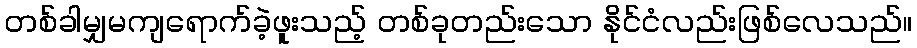
တစ်ခါမျှမကျရောက်ခဲ့ဖူးသည့် တစ်ခုတည်းသော နိုင်ငံလည်းဖြစ်လေသည်။